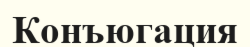
Конъюгация